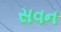
સવન